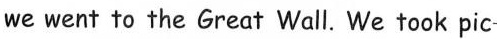
we went to the Great Wall. We took pic-